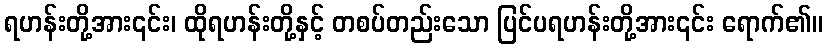
ရဟန်းတို့အား၎င်း၊ ထိုရဟန်းတို့နှင့် တစပ်တည်းသော ပြင်ပရဟန်းတို့အား၎င်း ရောက်၏။